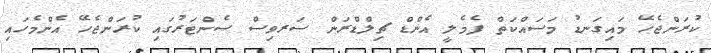
ކުރަންޖެހޭ މައިގަނޑު މަސައްކަތް ފެމެލީ އެންޑް ޗިލްޑްރަން ސަރވިސް ސެންޓަރުގައި ކުރަންޖެހޭ އެންމެހައި